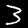
Digit: 3